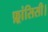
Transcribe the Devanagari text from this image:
फ़्रांसिसी।